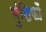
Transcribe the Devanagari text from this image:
मुंसिफों